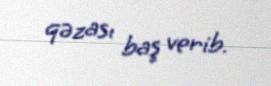
qəzası baş verib.